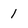
Character: 1